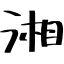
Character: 湘